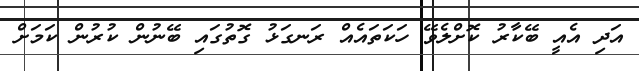
އަދި އެއީ ބޭކާރު ކޮށްލެވޭ ހަކަތައެއް ރަނގަޅު ގޮތުގައި ބޭނުން ކުރުން ކަމަށް